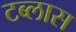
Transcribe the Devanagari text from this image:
टब्लास